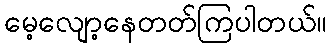
မေ့လျော့နေတတ်ကြပါတယ်။